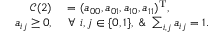
\begin{array} { r l } { \mathcal { C } ( 2 ) } & { { } = ( a _ { 0 0 } , a _ { 0 1 } , a _ { 1 0 } , a _ { 1 1 } ) ^ { \mathrm { T } } , } \\ { a _ { i j } \ge 0 , } & { { } ~ \forall ~ i , j \in \{ 0 , 1 \} , ~ \& ~ \sum _ { i , j } a _ { i j } = 1 . } \end{array}